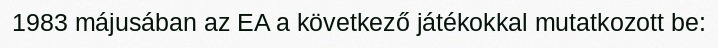
1983 májusában az EA a következő játékokkal mutatkozott be: